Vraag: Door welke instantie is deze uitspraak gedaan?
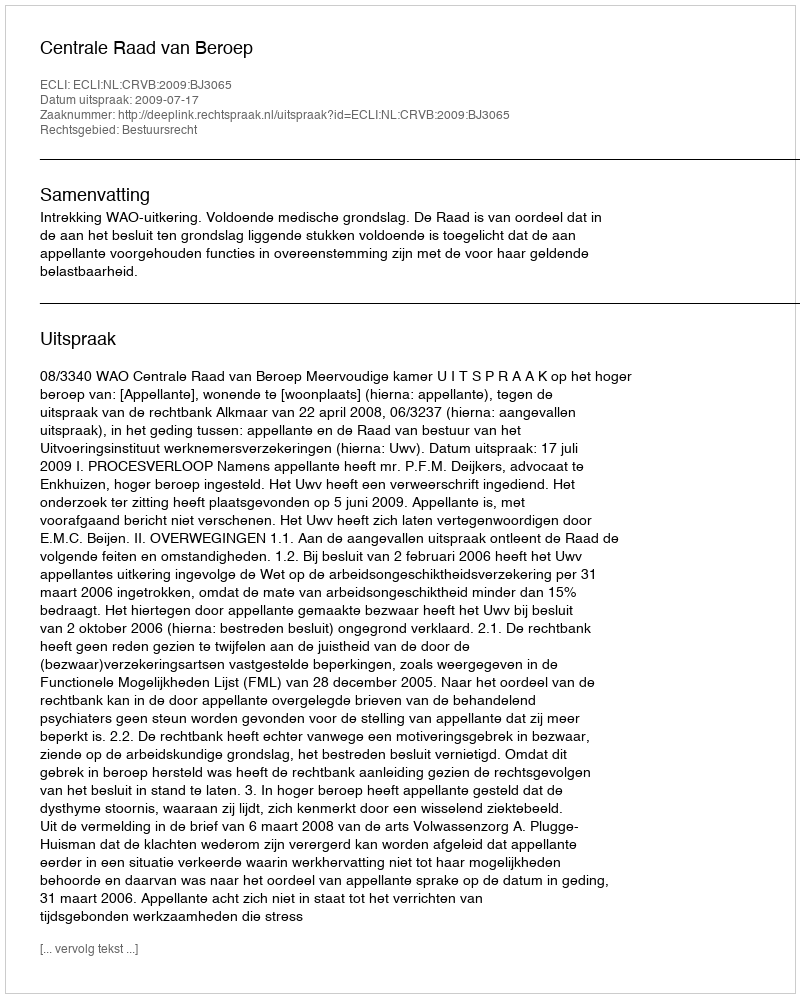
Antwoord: Centrale Raad van Beroep